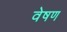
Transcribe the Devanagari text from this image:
वेषण